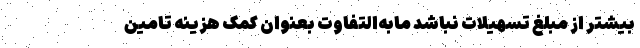
بیشتر از مبلغ تسهیلات نباشد مابه­التفاوت بعنوان کمک‌ هزینه‌ تامین